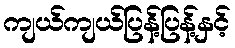
ကျယ်ကျယ်ပြန့်ပြန့်နှင့်